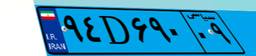
۸۳D۷۹۳۲۰